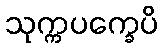
သုက္ကပက္ခေပိ